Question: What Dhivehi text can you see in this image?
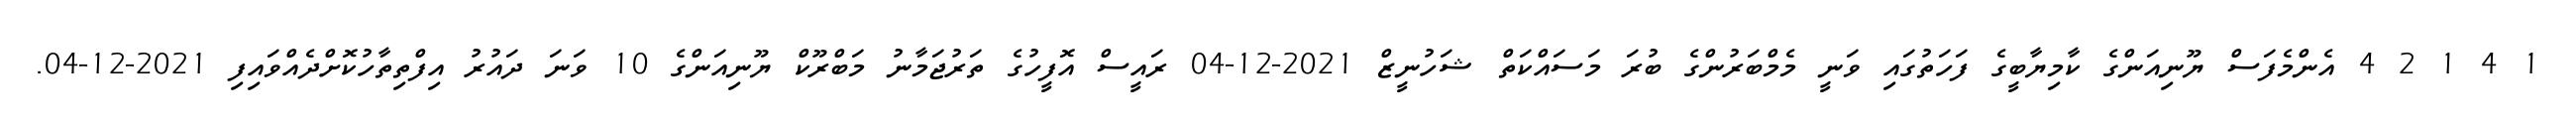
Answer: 1 4 1 2 4 އެންމެފަސް ޔޫނިއަންގެ ކާމިޔާބީގެ ފަހަތުގައި ވަނީ މެމްބަރުންގެ ބުރަ މަސައްކަތް ޝަހުނީޒް 2021-12-04 ރައީސް އޮފީހުގެ ތަރުޖަމާނު މަބްރޫކް ޔޫނިއަންގެ 10 ވަނަ ދައުރު އިފްތިތާހުކޮށްދެއްވައިފި 2021-12-04.